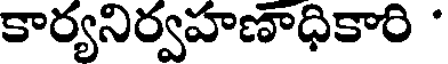
కార్యనిర్వహణాధికారి '